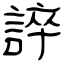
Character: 誶